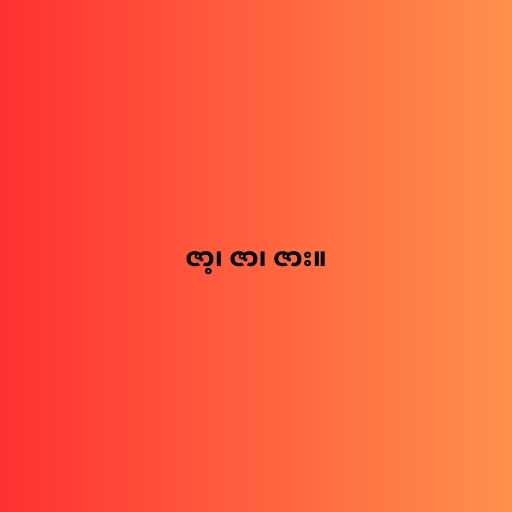
ဇာ့၊ ဇာ၊ ဇား။